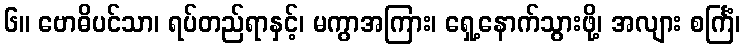
၆။ ဗောဓိပင်သာ၊ ရပ်တည်ရာနှင့်၊ မကွာအကြား၊ ရှေ့နောက်သွားဖို့၊ အလျား စင်္ကြံ၊